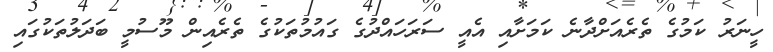
ހީނަރު ކަމުގެ ތެރެއަށްދާނެ ކަމަށާއި އެއީ ސަރަހައްދުގެ ގައުމުތަކުގެ ތެރެއިން މޫސުމީ ބަދަލުތަކުގައި